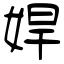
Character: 娨